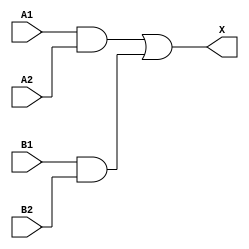
module sky130_fd_sc_lp__a22o (
    X ,
    A1,
    A2,
    B1,
    B2
);

    // Module ports
    output X ;
    input  A1;
    input  A2;
    input  B1;
    input  B2;

    // Module supplies
    supply1 VPWR;
    supply0 VGND;
    supply1 VPB ;
    supply0 VNB ;

    // Local signals
    wire and0_out ;
    wire and1_out ;
    wire or0_out_X;

    //  Name  Output     Other arguments
    and and0 (and0_out , B1, B2            );
    and and1 (and1_out , A1, A2            );
    or  or0  (or0_out_X, and1_out, and0_out);
    buf buf0 (X        , or0_out_X         );

endmodule